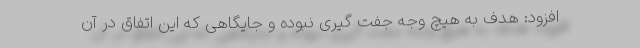
افزود: هدف به هیچ وجه جفت گیری نبوده و جایگاهی که این اتفاق در آن